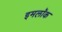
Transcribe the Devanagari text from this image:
इमलॉक